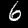
Digit: 6